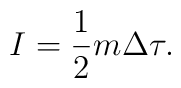
I={1\over 2} m\Delta\tau.